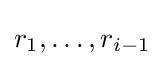
r_{1},\dots ,r_{i-1}